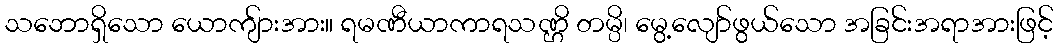
သဘောရှိသော ယောကျ်ားအား။ ရမဏီယာကာရသဏ္ဌိ တမ္ပိ၊ မွေ့လျော်ဖွယ်သော အခြင်းအရာအားဖြင့်